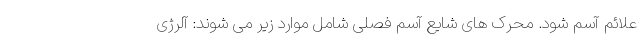
علائم آسم شود. محرک های شایع آسم فصلی شامل موارد زیر می شوند: آلرژی